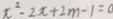
x ^ { 2 } - 2 x + 2 m - 1 = 0